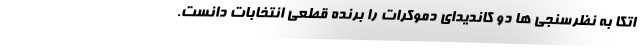
اتکا به نظرسنجی ها دو کاندیدای دموکرات را برنده قطعی انتخابات دانست.